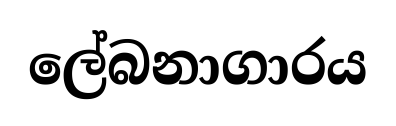
ලේබනාගාරය